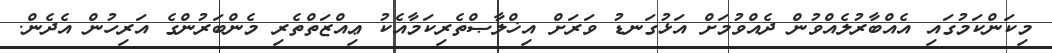
މިކަންކަމުގައި އެއްބާރުލެއްވުން ދެއްވުމަށް އަޅުގަނޑު ވަރަށް އިޚްލާޞްތެރިކަމާއެކު ޢިއްޒަތްތެރި މެންބަރުންގެ އަރިހުން އެދެން.